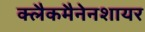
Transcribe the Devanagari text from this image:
क्लैकमैनेनशायर